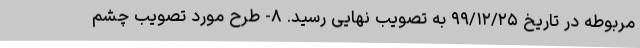
مربوطه در تاریخ ۹۹/۱۲/۲۵ به تصویب نهایی رسید. ۸- طرح مورد تصویب چشم